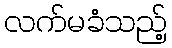
လက်မခံသည့်